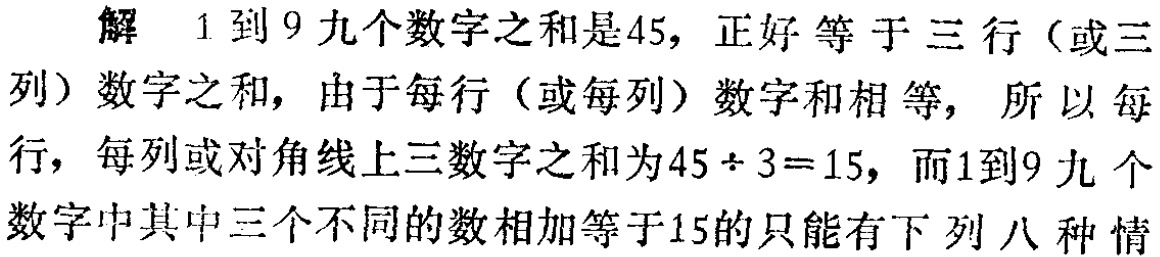
解 1到9九个数字之和是45，正好等于三行（或三

列）数字之和，由于每行（或每列）数字和相等，所以每

行，每列或对角线上三数字之和为$45\div3 = 15$，而1到9九个

数字中其中三个不同的数相加等于15的只能有下列八种情